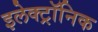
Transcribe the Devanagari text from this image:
इलेक्‍ट्रॉनिक